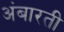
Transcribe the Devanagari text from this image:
अंबारती